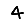
Digit: 4